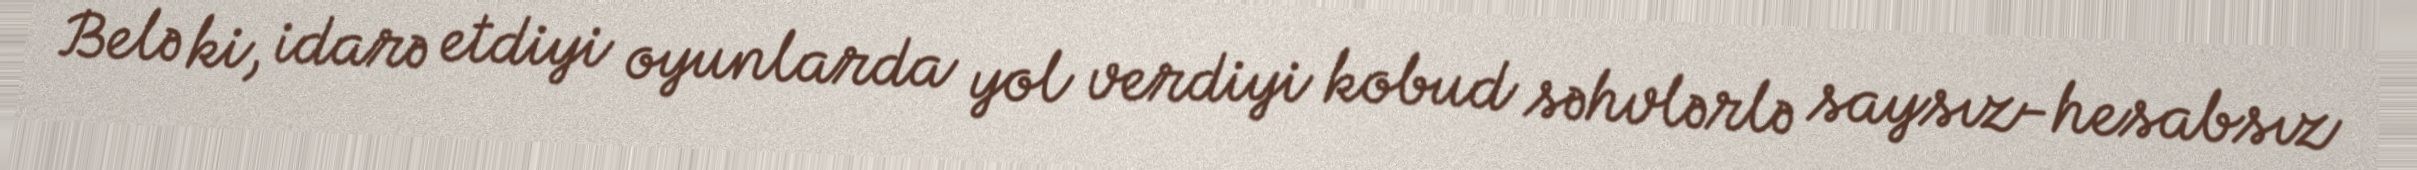
Belə ki, idarə etdiyi oyunlarda yol verdiyi kobud səhvlərlə saysız-hesabsız